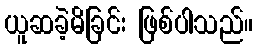
ယူဆခဲ့မိခြင်း ဖြစ်ပါသည်။